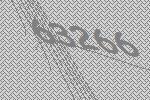
63266